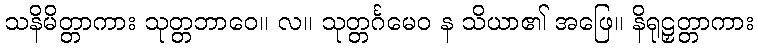
သနိမိတ္တာကား သုတ္တဘာဝေ။ လ။ သုတ္တင်္ဂမေဝ န သိယာ၏ အဖြေ။ နိရုဠှတ္တာကား